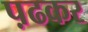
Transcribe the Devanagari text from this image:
प़ढकर